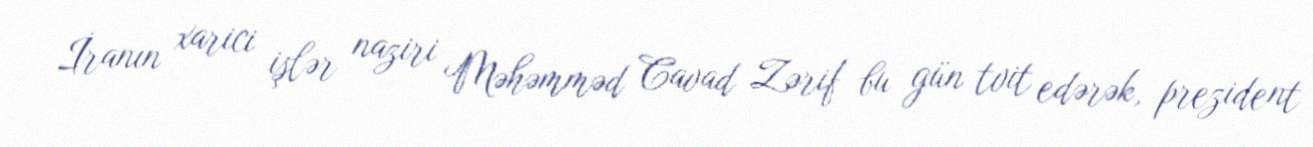
İranın xarici işlər naziri Məhəmməd Cavad Zərif bu gün tvit edərək, prezident